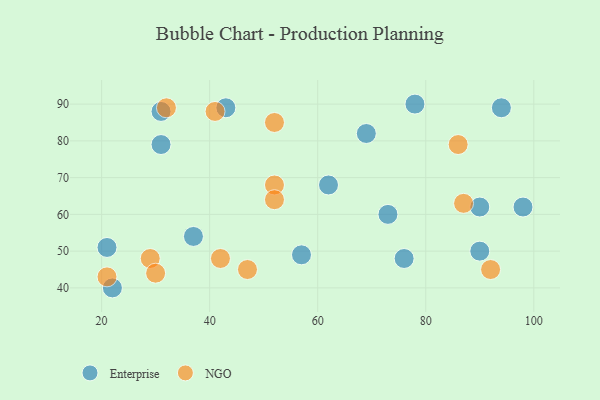
{"axis": {"x": "GDP", "y": "Life Expectancy"}, "legend": ["Enterprise", "NGO"], "data": [{"x": "76", "y": 48, "type": "Enterprise"}, {"x": "31", "y": 88, "type": "Enterprise"}, {"x": "21", "y": 51, "type": "Enterprise"}, {"x": "73", "y": 60, "type": "Enterprise"}, {"x": "94", "y": 89, "type": "Enterprise"}, {"x": "90", "y": 62, "type": "Enterprise"}, {"x": "69", "y": 82, "type": "Enterprise"}, {"x": "57", "y": 49, "type": "Enterprise"}, {"x": "62", "y": 68, "type": "Enterprise"}, {"x": "90", "y": 50, "type": "Enterprise"}, {"x": "37", "y": 54, "type": "Enterprise"}, {"x": "22", "y": 40, "type": "Enterprise"}, {"x": "78", "y": 90, "type": "Enterprise"}, {"x": "43", "y": 89, "type": "Enterprise"}, {"x": "98", "y": 62, "type": "Enterprise"}, {"x": "31", "y": 79, "type": "Enterprise"}, {"x": "52", "y": 68, "type": "NGO"}, {"x": "41", "y": 88, "type": "NGO"}, {"x": "52", "y": 64, "type": "NGO"}, {"x": "52", "y": 85, "type": "NGO"}, {"x": "29", "y": 48, "type": "NGO"}, {"x": "21", "y": 43, "type": "NGO"}, {"x": "42", "y": 48, "type": "NGO"}, {"x": "86", "y": 79, "type": "NGO"}, {"x": "47", "y": 45, "type": "NGO"}, {"x": "30", "y": 44, "type": "NGO"}, {"x": "32", "y": 89, "type": "NGO"}, {"x": "92", "y": 45, "type": "NGO"}, {"x": "87", "y": 63, "type": "NGO"}]}